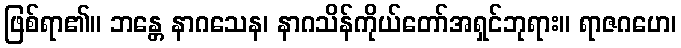
ဖြစ်ရာ၏။ ဘန္တေ နာဂသေန၊ နာဂသိန်ကိုယ်တော်အရှင်ဘုရား။ ရာဇဂဟေ၊